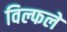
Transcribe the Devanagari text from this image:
विल्फले